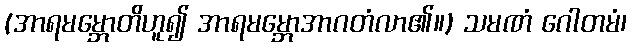
(အာရမမ္ဘောတိဟူ၍ အာရမမ္ဘောအာဂတံလာ၏။) သမဏံ ဂေါတမံ၊